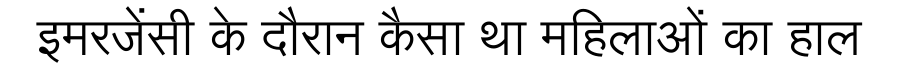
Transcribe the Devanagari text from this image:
इमरजेंसी के दौरान कैसा था महिलाओं का हाल